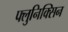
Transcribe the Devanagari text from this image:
फ्लुनिक्सिन